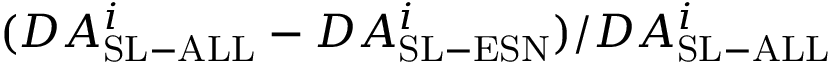
\large ( D A _ { \mathrm { S L - A L L } } ^ { i } - D A _ { \mathrm { S L - E S N } } ^ { i } \large ) / D A _ { \mathrm { S L - A L L } } ^ { i }